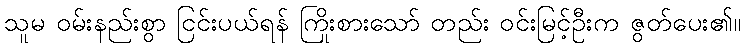
သူမ ဝမ်းနည်းစွာ ငြင်းပယ်ရန် ကြိုးစားသော် တည်း ဝင်းမြင့်ဦးက ဇွတ်ပေး၏။